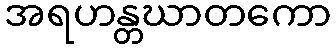
အရဟန္တဃာတကော